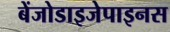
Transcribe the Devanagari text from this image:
बेंजोडाइजेपाइनस